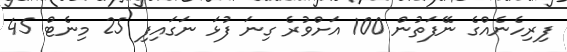
ފިރިހެނެއްގެ ނޭފަތުން 100 އަށްވުރެ ގިނަ ފުޅަ ނަގައިފި 25 މިނެޓް 45